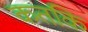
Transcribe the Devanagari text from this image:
कतकि